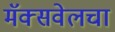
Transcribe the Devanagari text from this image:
मॅक्सवेलचा